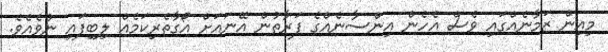
މިއިން ޒަމާނެއްގައި ވެސް އެހެން އިންސާނެއްގެ ފަރާތުން އޭނައަށް އޯގާތެރިކަމެއް ލިބިފައި ނުވެއެވެ.